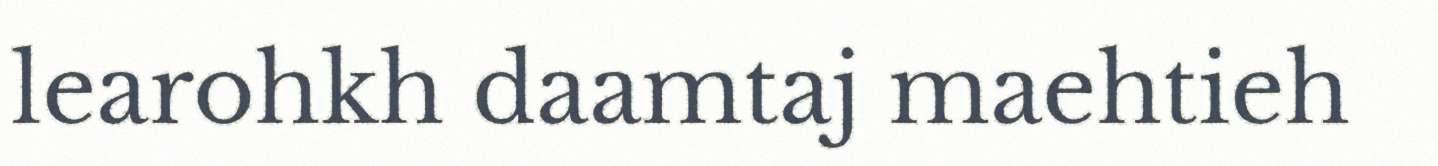
learohkh daamtaj maehtieh